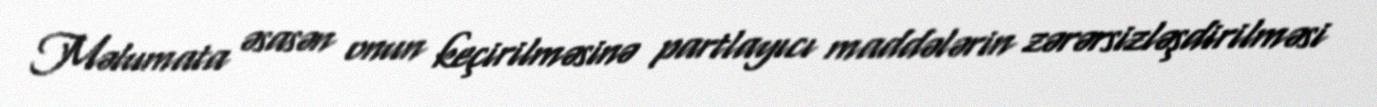
Məlumata əsasən onun keçirilməsinə partlayıcı maddələrin zərərsizləşdirilməsi